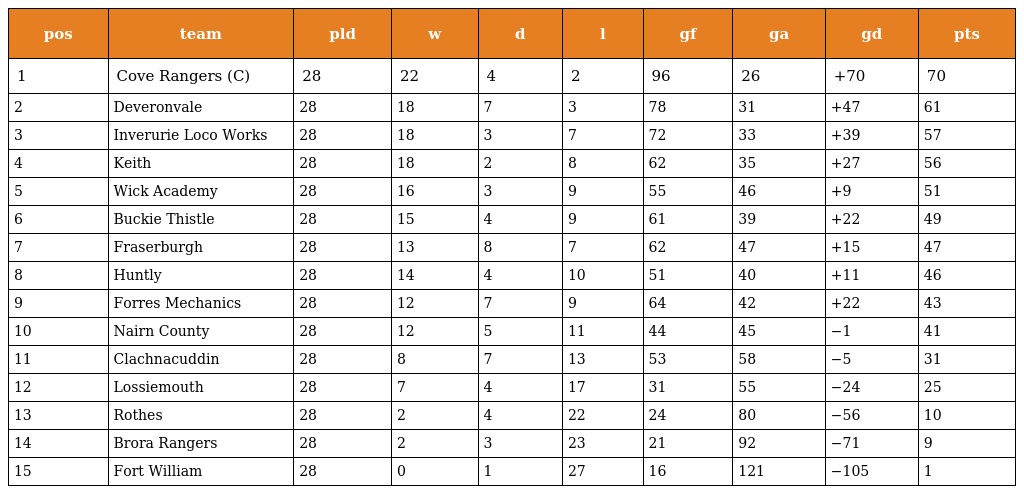
| pos | team | pld | w | d | l | gf | ga | gd | pts |
 | --- | --- | --- | --- | --- | --- | --- | --- | --- | --- |
 | 1 | Cove Rangers (C) | 28 | 22 | 4 | 2 | 96 | 26 | +70 | 70 |
 | 2 | Deveronvale | 28 | 18 | 7 | 3 | 78 | 31 | +47 | 61 |
 | 3 | Inverurie Loco Works | 28 | 18 | 3 | 7 | 72 | 33 | +39 | 57 |
 | 4 | Keith | 28 | 18 | 2 | 8 | 62 | 35 | +27 | 56 |
 | 5 | Wick Academy | 28 | 16 | 3 | 9 | 55 | 46 | +9 | 51 |
 | 6 | Buckie Thistle | 28 | 15 | 4 | 9 | 61 | 39 | +22 | 49 |
 | 7 | Fraserburgh | 28 | 13 | 8 | 7 | 62 | 47 | +15 | 47 |
 | 8 | Huntly | 28 | 14 | 4 | 10 | 51 | 40 | +11 | 46 |
 | 9 | Forres Mechanics | 28 | 12 | 7 | 9 | 64 | 42 | +22 | 43 |
 | 10 | Nairn County | 28 | 12 | 5 | 11 | 44 | 45 | −1 | 41 |
 | 11 | Clachnacuddin | 28 | 8 | 7 | 13 | 53 | 58 | −5 | 31 |
 | 12 | Lossiemouth | 28 | 7 | 4 | 17 | 31 | 55 | −24 | 25 |
 | 13 | Rothes | 28 | 2 | 4 | 22 | 24 | 80 | −56 | 10 |
 | 14 | Brora Rangers | 28 | 2 | 3 | 23 | 21 | 92 | −71 | 9 |
 | 15 | Fort William | 28 | 0 | 1 | 27 | 16 | 121 | −105 | 1 |